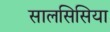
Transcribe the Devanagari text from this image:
सालसिसिया